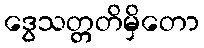
ဒွေသတ္တတိမှိတော